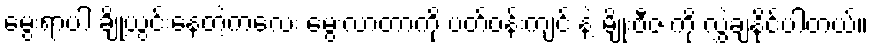
မွေးရာပါ ချို့ယွင်းနေတဲ့ကလေး မွေးလာတာကို ပတ်ဝန်းကျင် နဲ့ မျိုးဗီဇ ကို လွှဲချနိုင်ပါတယ်။